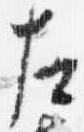
左